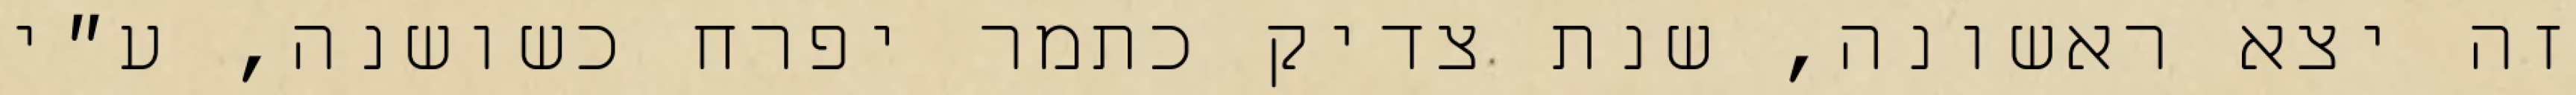
זה יצא ראשונה, שנת צדיק כתמר יפרח כשושנה, ע״י